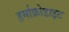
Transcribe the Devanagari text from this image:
हर्माफ्रोडाइट